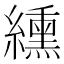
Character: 纁